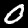
Label: 0